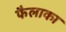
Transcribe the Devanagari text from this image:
फैलाका